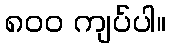
၈၀၀ ကျပ်ပါ။